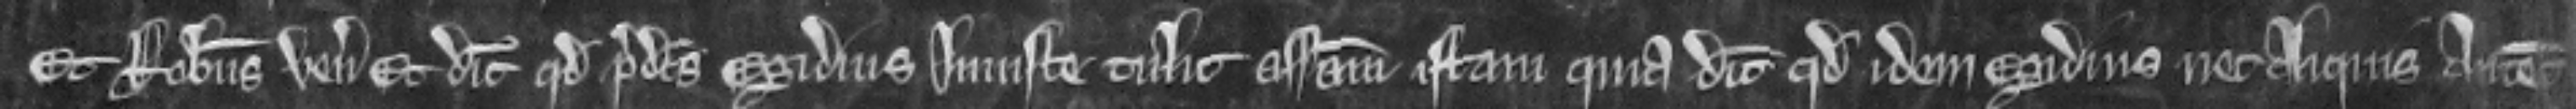
Et Robertus venit. Et dicit quod predictus Egidius injuste tulit assisam istam quia dicit quod idem Egidius nec aliquis antecessorum